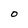
Character: O